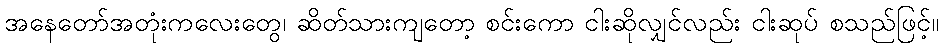
အနေတော်အတုံးကလေးတွေ၊ ဆိတ်သားကျတော့ စင်းကော ငါးဆိုလျှင်လည်း ငါးဆုပ် စသည်ဖြင့်။